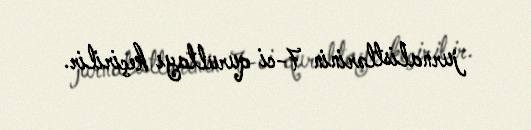
jurnalistlərinin 7-ci qurultayı keçirilir.